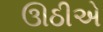
ઊઠીએ